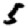
Digit: 5